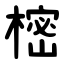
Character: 樒